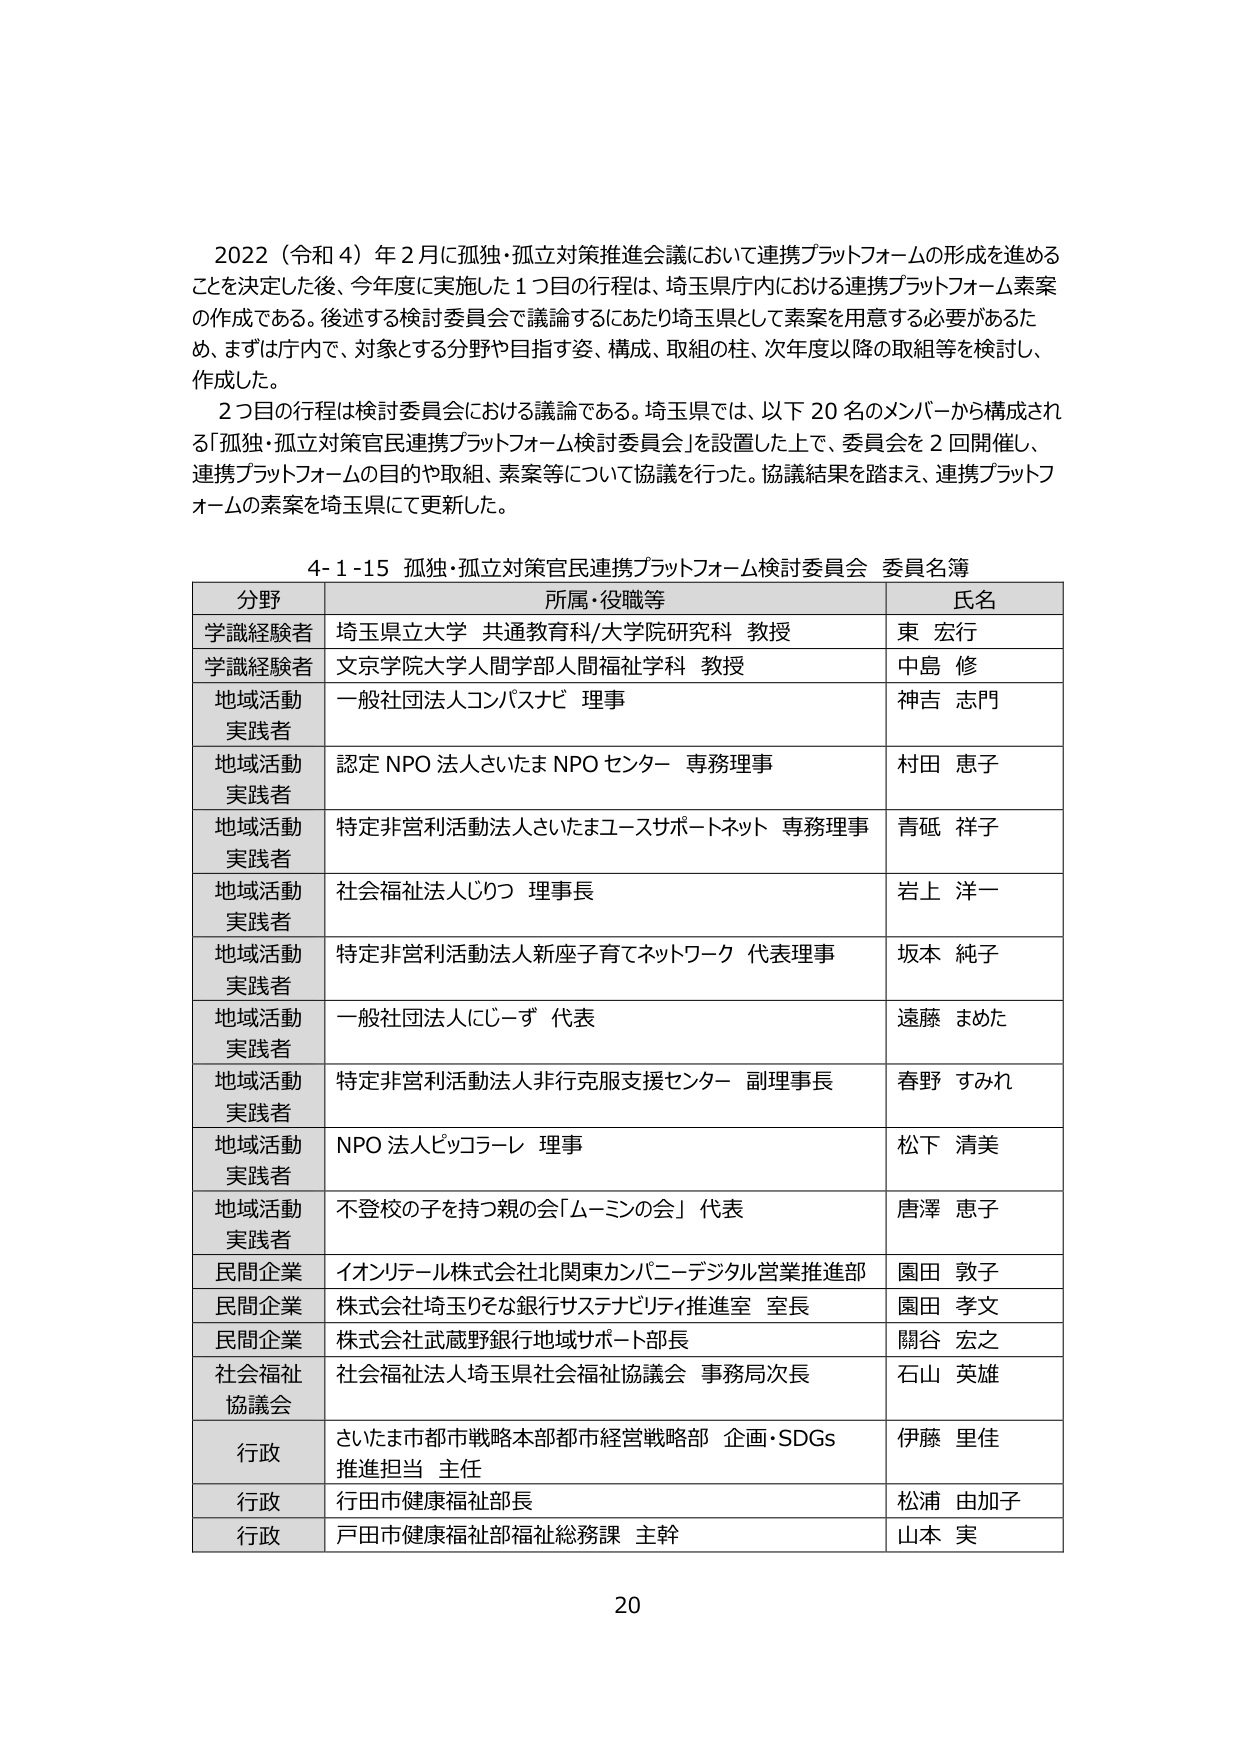
2022（令和4）年2月に孤独・孤立対策推進会議において連携プラットフォームの形成を進める
ことを決定した後、今年度に実施した1つ目の行程は、埼玉県庁内における連携プラットフォーム素案
の作成である。後述する検討委員会で議論するにあたり埼玉県として素案を用意する必要があるた
め、まずは庁内で、対象とする分野や目指す姿、構成、取組の柱、次年度以降の取組等を検討し、
作成した。
2つ目の行程は検討委員会における議論である。埼玉県では、以下20名のメンバーから構成され
る「孤独・孤立対策官民連携プラットフォーム検討委員会」を設置した上で、委員会を2回開催し、
連携プラットフォームの目的や取組、素案等について協議を行った。協議結果を踏まえ、連携プラットフ
ォームの素案を埼玉県にて更新した。

4-1-15 孤独・孤立対策官民連携プラットフォーム検討委員会 委員名簿

分野 所属・役職等 氏名
学識経験者 埼玉県立大学 共通教育科/大学院研究科 教授 東 宏行
学識経験者 文京学院大学人間学部人間福祉学科 教授 中島 修
地域活動 実践者 一般社団法人コンパスナビ 理事 神吉 志門
地域活動 実践者 認定NPO法人さいたまNPOセンター 専務理事 村田 恵子
地域活動 実践者 特定非営利活動法人さいたまユースサポートネット 専務理事 青砥 祥子
地域活動 実践者 社会福祉法人じりつ 理事長 岩上 洋一
地域活動 実践者 特定非営利活動法人新座子育てネットワーク 代表理事 坂本 純子
地域活動 実践者 一般社団法人にじーず 代表 遠藤 まめた
地域活動 実践者 特定非営利活動法人非行克服支援センター 副理事長 春野 すみれ
地域活動 実践者 NPO法人ピッコラーレ 理事 松下 清美
地域活動 実践者 不登校の子を持つ親の会「ムーミンの会」 代表 唐澤 恵子
民間企業 イオンリテール株式会社北関東カンパニーデジタル営業推進部 園田 敦子
民間企業 株式会社埼玉りそな銀行サステナビリティ推進室 室長 園田 孝文
民間企業 株式会社武蔵野銀行地域サポート部長 關谷 宏之
社会福祉 協議会 社会福祉法人埼玉県社会福祉協議会 事務局次長 石山 英雄
行政 さいたま市都市戦略本部都市経営戦略部 企画・SDGs 推進担当 主任 伊藤 里佳
行政 行田市健康福祉部長 松浦 由加子
行政 戸田市健康福祉部福祉総務課 主幹 山本 実

20